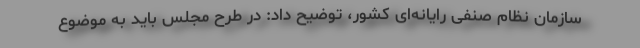
سازمان نظام صنفی رایانه‌ای کشور، توضیح داد: در طرح مجلس باید به موضوع